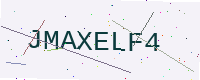
Text: JMAXELF4